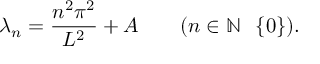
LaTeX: \lambda _ { n } = { \frac { n ^ { 2 } \pi ^ { 2 } } { L ^ { 2 } } } + A \qquad ( n \in \mathbb { N } \setminus \{ 0 \} ) .